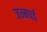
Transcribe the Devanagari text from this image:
जन्मपर्व